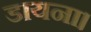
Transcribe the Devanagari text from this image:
डायना।